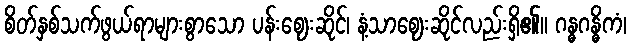
စိတ်နှစ်သက်ဖွယ်ရာများစွာသော ပန်းဈေးဆိုင်၊ နံ့သာဈေးဆိုင်လည်းရှိ၏။ ဂန္ဓဂန္ဓိကံ၊